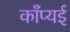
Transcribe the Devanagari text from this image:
काँप्यई